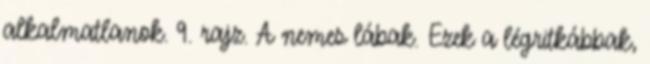
alkalmatlanok. 9. rajz. A nemes lábak. Ezek a légritkábbak,